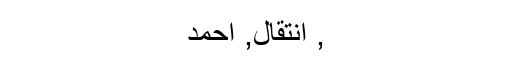
, انتقال, احمد